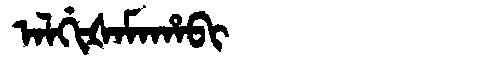
Manchu: ᠠᠯᡤᡳᡧᠠᠮᠠᡥᠠᠪᡳ
Romanization: ALGIŠAMAHABI